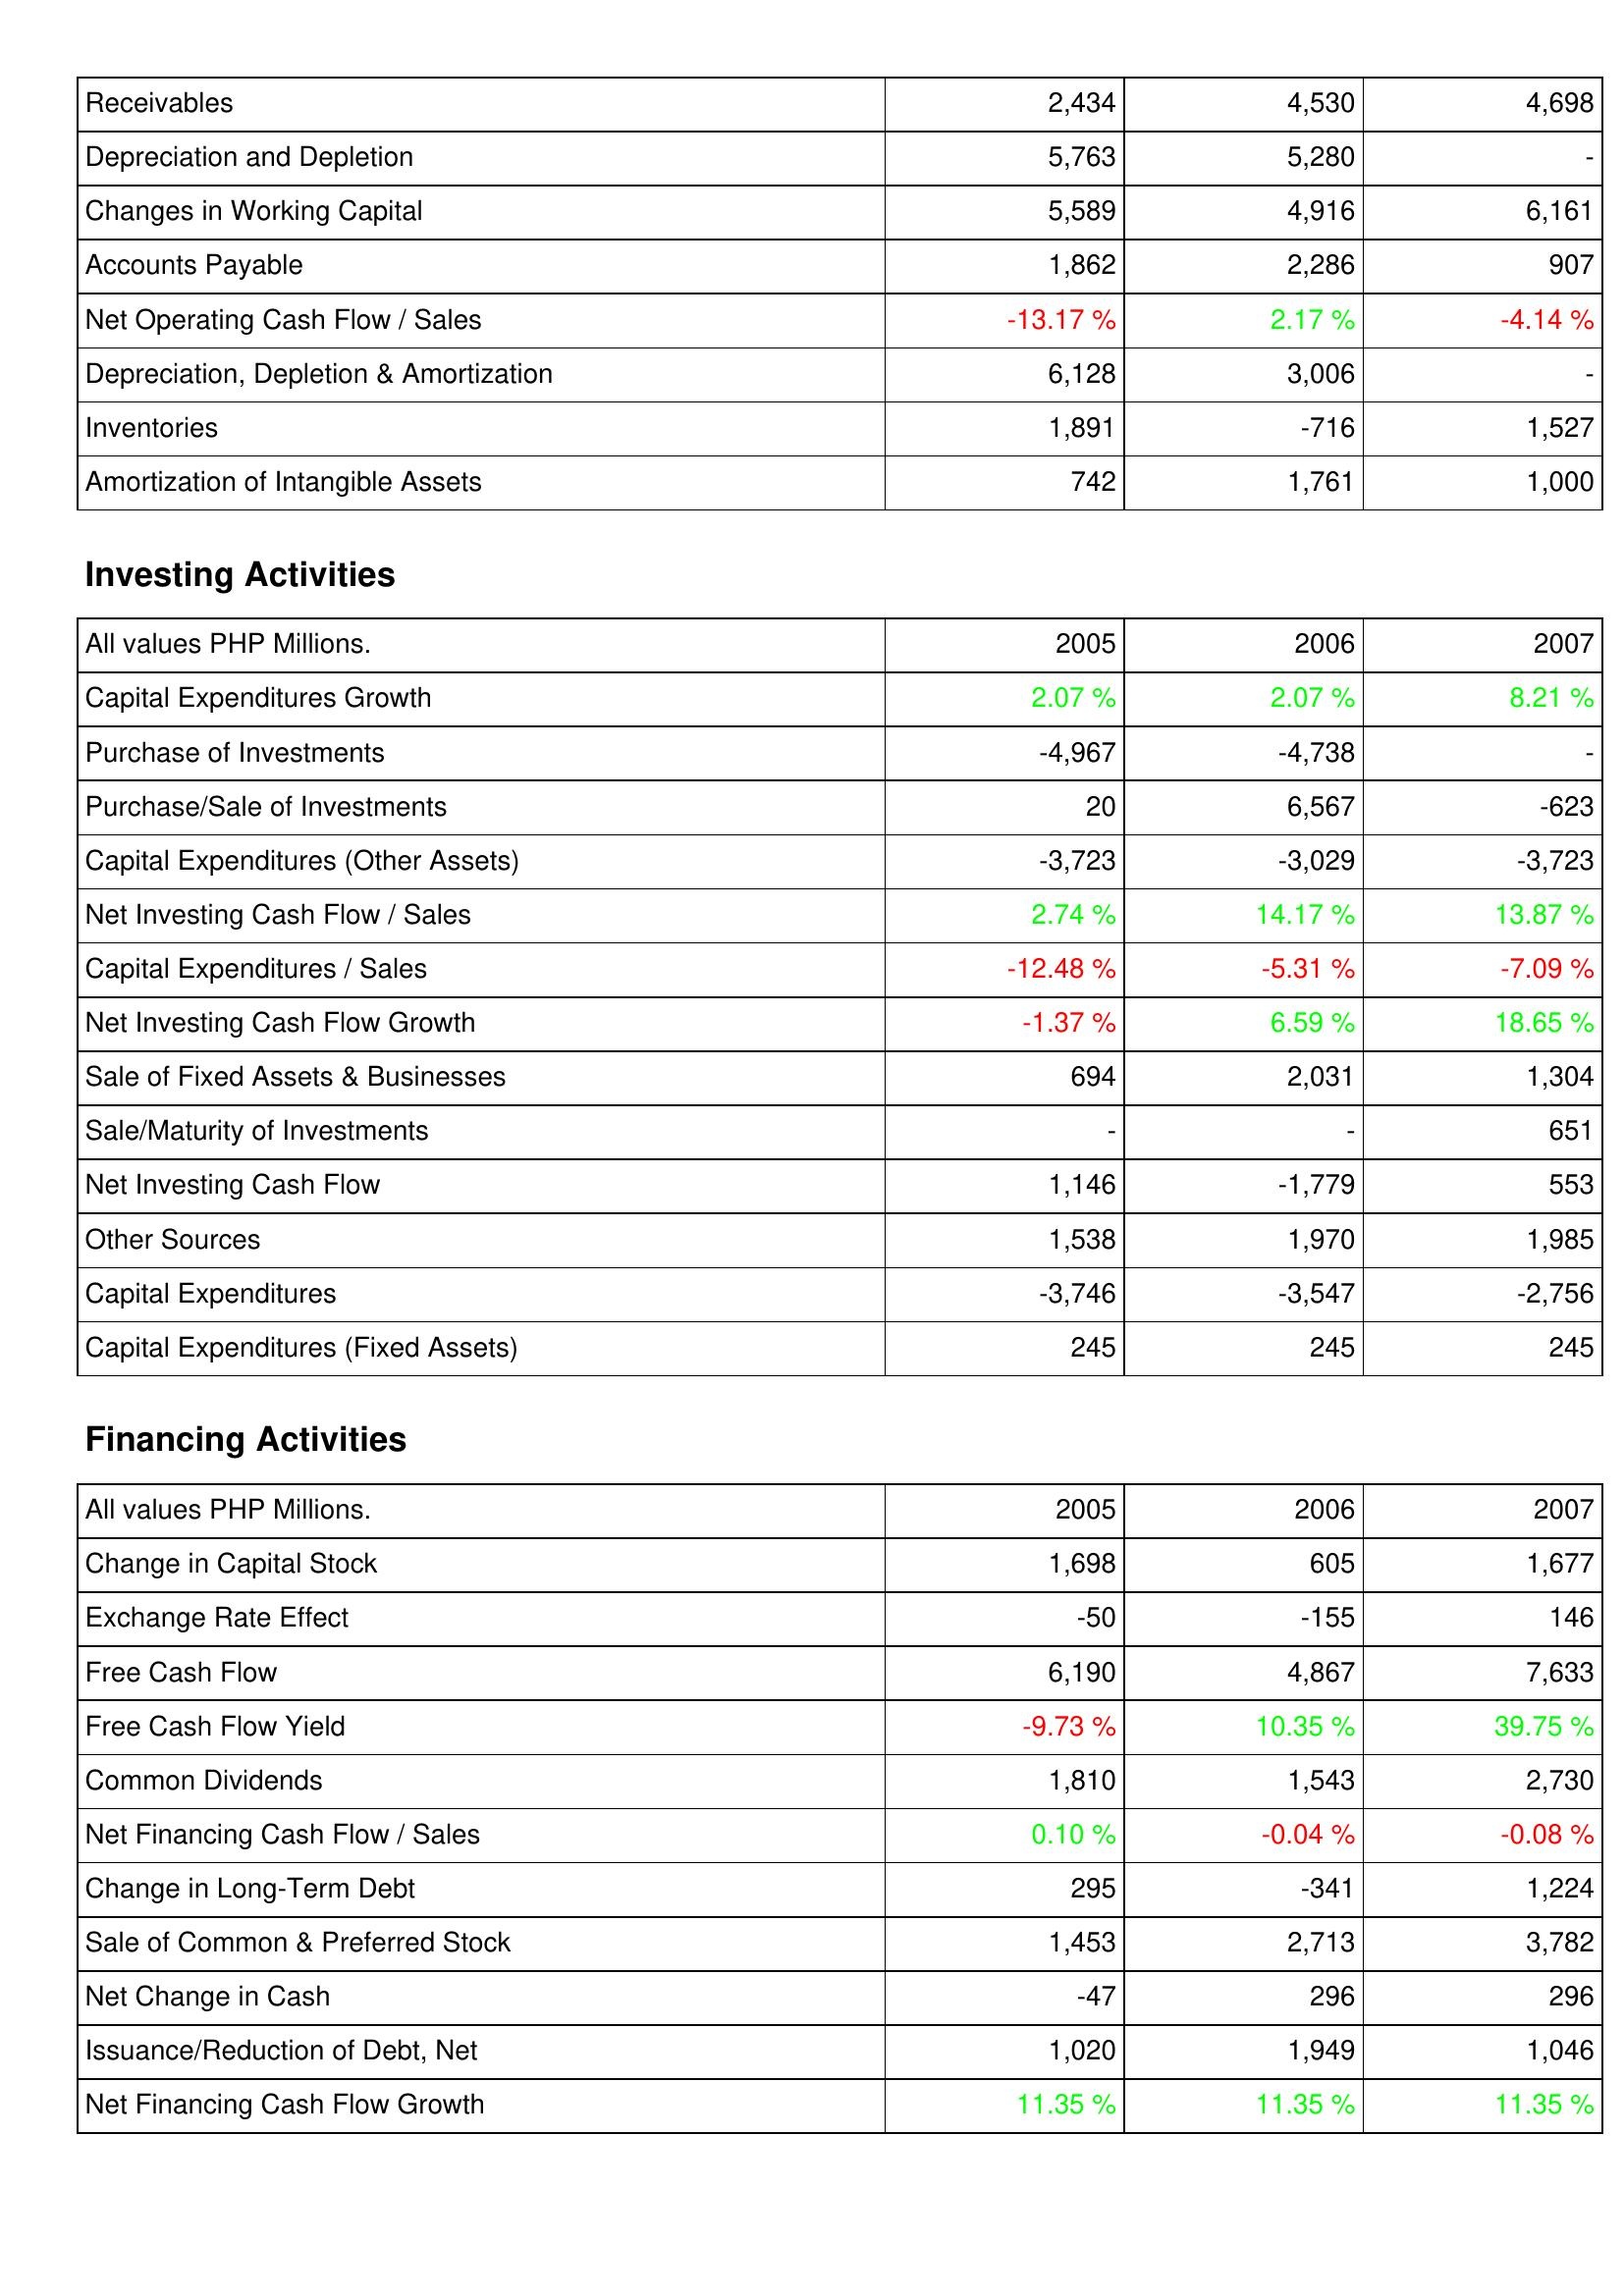
2005: Operating Activities: Receivables: 2,434
Depreciation and Depletion: 5,763
Changes in Working Capital: 5,589
Accounts Payable: 1,862
Net Operating Cash Flow / Sales: -13.17 %
Depreciation, Depletion & Amortization: 6,128
Inventories: 1,891
Amortization of Intangible Assets: 742
Investing Activities: Capital Expenditures Growth: 2.07 %
Purchase of Investments: -4,967
Purchase/Sale of Investments: 20
Capital Expenditures (Other Assets): -3,723
Net Investing Cash Flow / Sales: 2.74 %
Capital Expenditures / Sales: -12.48 %
Net Investing Cash Flow Growth: -1.37 %
Sale of Fixed Assets & Businesses: 694
Sale/Maturity of Investments: -
Net Investing Cash Flow: 1,146
Other Sources: 1,538
Capital Expenditures: -3,746
Capital Expenditures (Fixed Assets): 245
Financing Activities: Change in Capital Stock: 1,698
Exchange Rate Effect: -50
Free Cash Flow: 6,190
Free Cash Flow Yield: -9.73 %
Common Dividends: 1,810
Net Financing Cash Flow / Sales: 0.10 %
Change in Long-Term Debt: 295
Sale of Common & Preferred Stock: 1,453
Net Change in Cash: -47
Issuance/Reduction of Debt, Net: 1,020
Net Financing Cash Flow Growth: 11.35 %
2006: Operating Activities: Receivables: 4,530
Depreciation and Depletion: 5,280
Changes in Working Capital: 4,916
Accounts Payable: 2,286
Net Operating Cash Flow / Sales: 2.17 %
Depreciation, Depletion & Amortization: 3,006
Inventories: -716
Amortization of Intangible Assets: 1,761
Investing Activities: Capital Expenditures Growth: 2.07 %
Purchase of Investments: -4,738
Purchase/Sale of Investments: 6,567
Capital Expenditures (Other Assets): -3,029
Net Investing Cash Flow / Sales: 14.17 %
Capital Expenditures / Sales: -5.31 %
Net Investing Cash Flow Growth: 6.59 %
Sale of Fixed Assets & Businesses: 2,031
Sale/Maturity of Investments: -
Net Investing Cash Flow: -1,779
Other Sources: 1,970
Capital Expenditures: -3,547
Capital Expenditures (Fixed Assets): 245
Financing Activities: Change in Capital Stock: 605
Exchange Rate Effect: -155
Free Cash Flow: 4,867
Free Cash Flow Yield: 10.35 %
Common Dividends: 1,543
Net Financing Cash Flow / Sales: -0.04 %
Change in Long-Term Debt: -341
Sale of Common & Preferred Stock: 2,713
Net Change in Cash: 296
Issuance/Reduction of Debt, Net: 1,949
Net Financing Cash Flow Growth: 11.35 %
2007: Operating Activities: Receivables: 4,698
Depreciation and Depletion: -
Changes in Working Capital: 6,161
Accounts Payable: 907
Net Operating Cash Flow / Sales: -4.14 %
Depreciation, Depletion & Amortization: -
Inventories: 1,527
Amortization of Intangible Assets: 1,000
Investing Activities: Capital Expenditures Growth: 8.21 %
Purchase of Investments: -
Purchase/Sale of Investments: -623
Capital Expenditures (Other Assets): -3,723
Net Investing Cash Flow / Sales: 13.87 %
Capital Expenditures / Sales: -7.09 %
Net Investing Cash Flow Growth: 18.65 %
Sale of Fixed Assets & Businesses: 1,304
Sale/Maturity of Investments: 651
Net Investing Cash Flow: 553
Other Sources: 1,985
Capital Expenditures: -2,756
Capital Expenditures (Fixed Assets): 245
Financing Activities: Change in Capital Stock: 1,677
Exchange Rate Effect: 146
Free Cash Flow: 7,633
Free Cash Flow Yield: 39.75 %
Common Dividends: 2,730
Net Financing Cash Flow / Sales: -0.08 %
Change in Long-Term Debt: 1,224
Sale of Common & Preferred Stock: 3,782
Net Change in Cash: 296
Issuance/Reduction of Debt, Net: 1,046
Net Financing Cash Flow Growth: 11.35 %